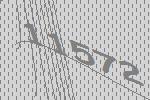
11572